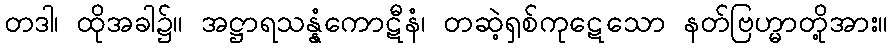
တဒါ၊ ထိုအခါ၌။ အဋ္ဌာရသန္နံကောဋီနံ၊ တဆဲ့ရှစ်ကုဋေသော နတ်ဗြဟ္မာတို့အား။